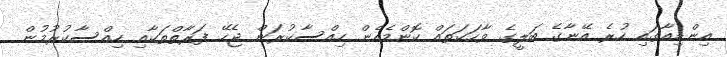
އިންޑިއާގައި ހުރެ އޭނާގެ ބަލީގެ ވާހަކަތައް ކޮންމެހެން ހިއްސާކުރަން ޖެހޭ ފަރާތްތަކާއި ހިއްސާކުރުމުން